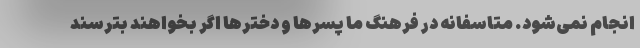
انجام نمی‌شود. متاسفانه در فرهنگ ما پسرها و دخترها اگر بخواهند بترسند